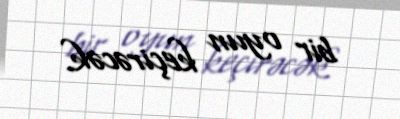
bir oyun keçirəcək.